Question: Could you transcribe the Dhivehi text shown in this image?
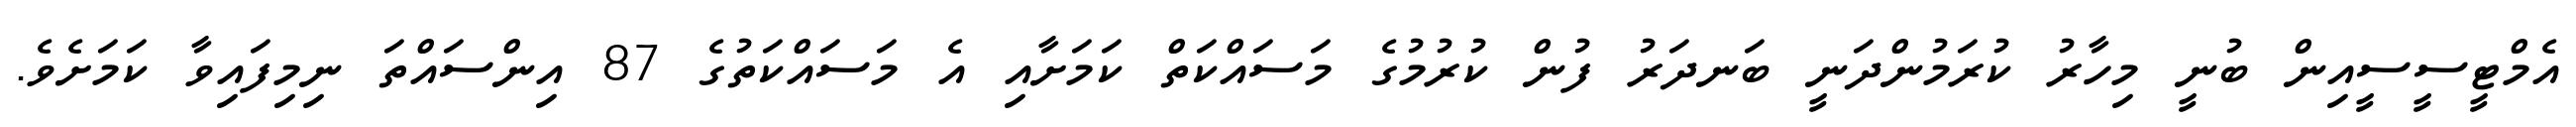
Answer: އެމްޓީސީސީއިން ބުނީ މިހާރު ކުރަމުންދަނީ ބަނދަރު ފުން ކުރުމުގެ މަސައްކަތް ކަމަށާއި އެ މަސައްކަތުގެ 87 އިންސައްތަ ނިމިފައިވާ ކަމަށެވެ.